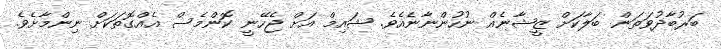
ބަރުބާދުވަތަން ބަލާކަށް ޒީޝާނެއް ނުހުންނާނެއެވެ. ޝައިމް އަށް ޖެހޭނީ ކޮންމެސް އެއްގޮތަކަށް ނިންމާށެވެ.